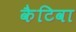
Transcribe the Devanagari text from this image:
कैटिवा